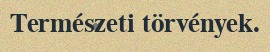
Természeti törvények.